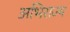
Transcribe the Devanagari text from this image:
अभिराज्य